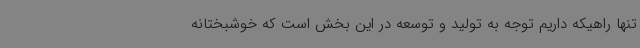
تنها راهیکه داریم توجه به تولید و توسعه در این بخش است که خوشبختانه